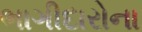
ભાગીદારોના